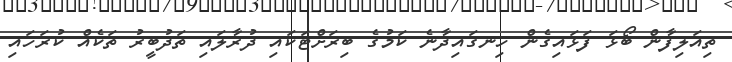
ތިއަލިފާން ބޯޅަ ފަޅައިގެން ހިނގައިދާނެ ކަމުގެ ބިރަށްޓަކައި ދުރާލައި ތަދުބީރު ތަކެއް ކުރަހައި